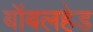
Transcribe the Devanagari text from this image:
बॉबलहेड